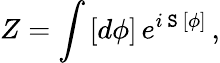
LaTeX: Z=\int\, [d\phi]\, e^{i\, \mathtt{S}\, [\phi]}\, ,